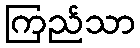
ကြည်သာ